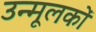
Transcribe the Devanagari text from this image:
उन्मूलकों